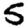
Digit: 5